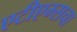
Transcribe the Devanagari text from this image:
एटीएम्सचा